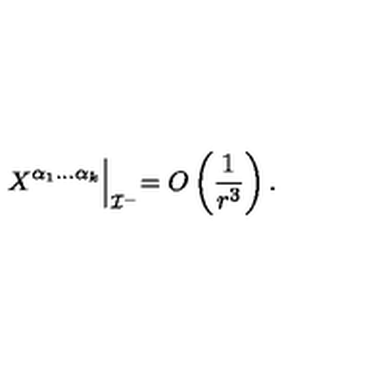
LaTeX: X ^ { \alpha _ { 1 } \ldots \alpha _ { k } } \Bigl | _ { { \cal I } ^ { - } } = O \left( \frac { 1 } { r ^ { 3 } } \right) .